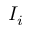
I _ { i }